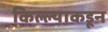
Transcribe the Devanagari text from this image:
किल्ल्याकडून